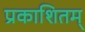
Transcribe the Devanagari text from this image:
प्रकाशितम्